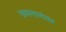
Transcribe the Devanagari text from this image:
वमनानंतर